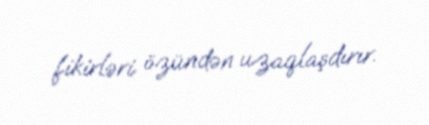
fikirləri özündən uzaqlaşdırır.